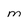
Character: m